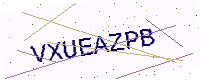
Text: VXUEAZPB